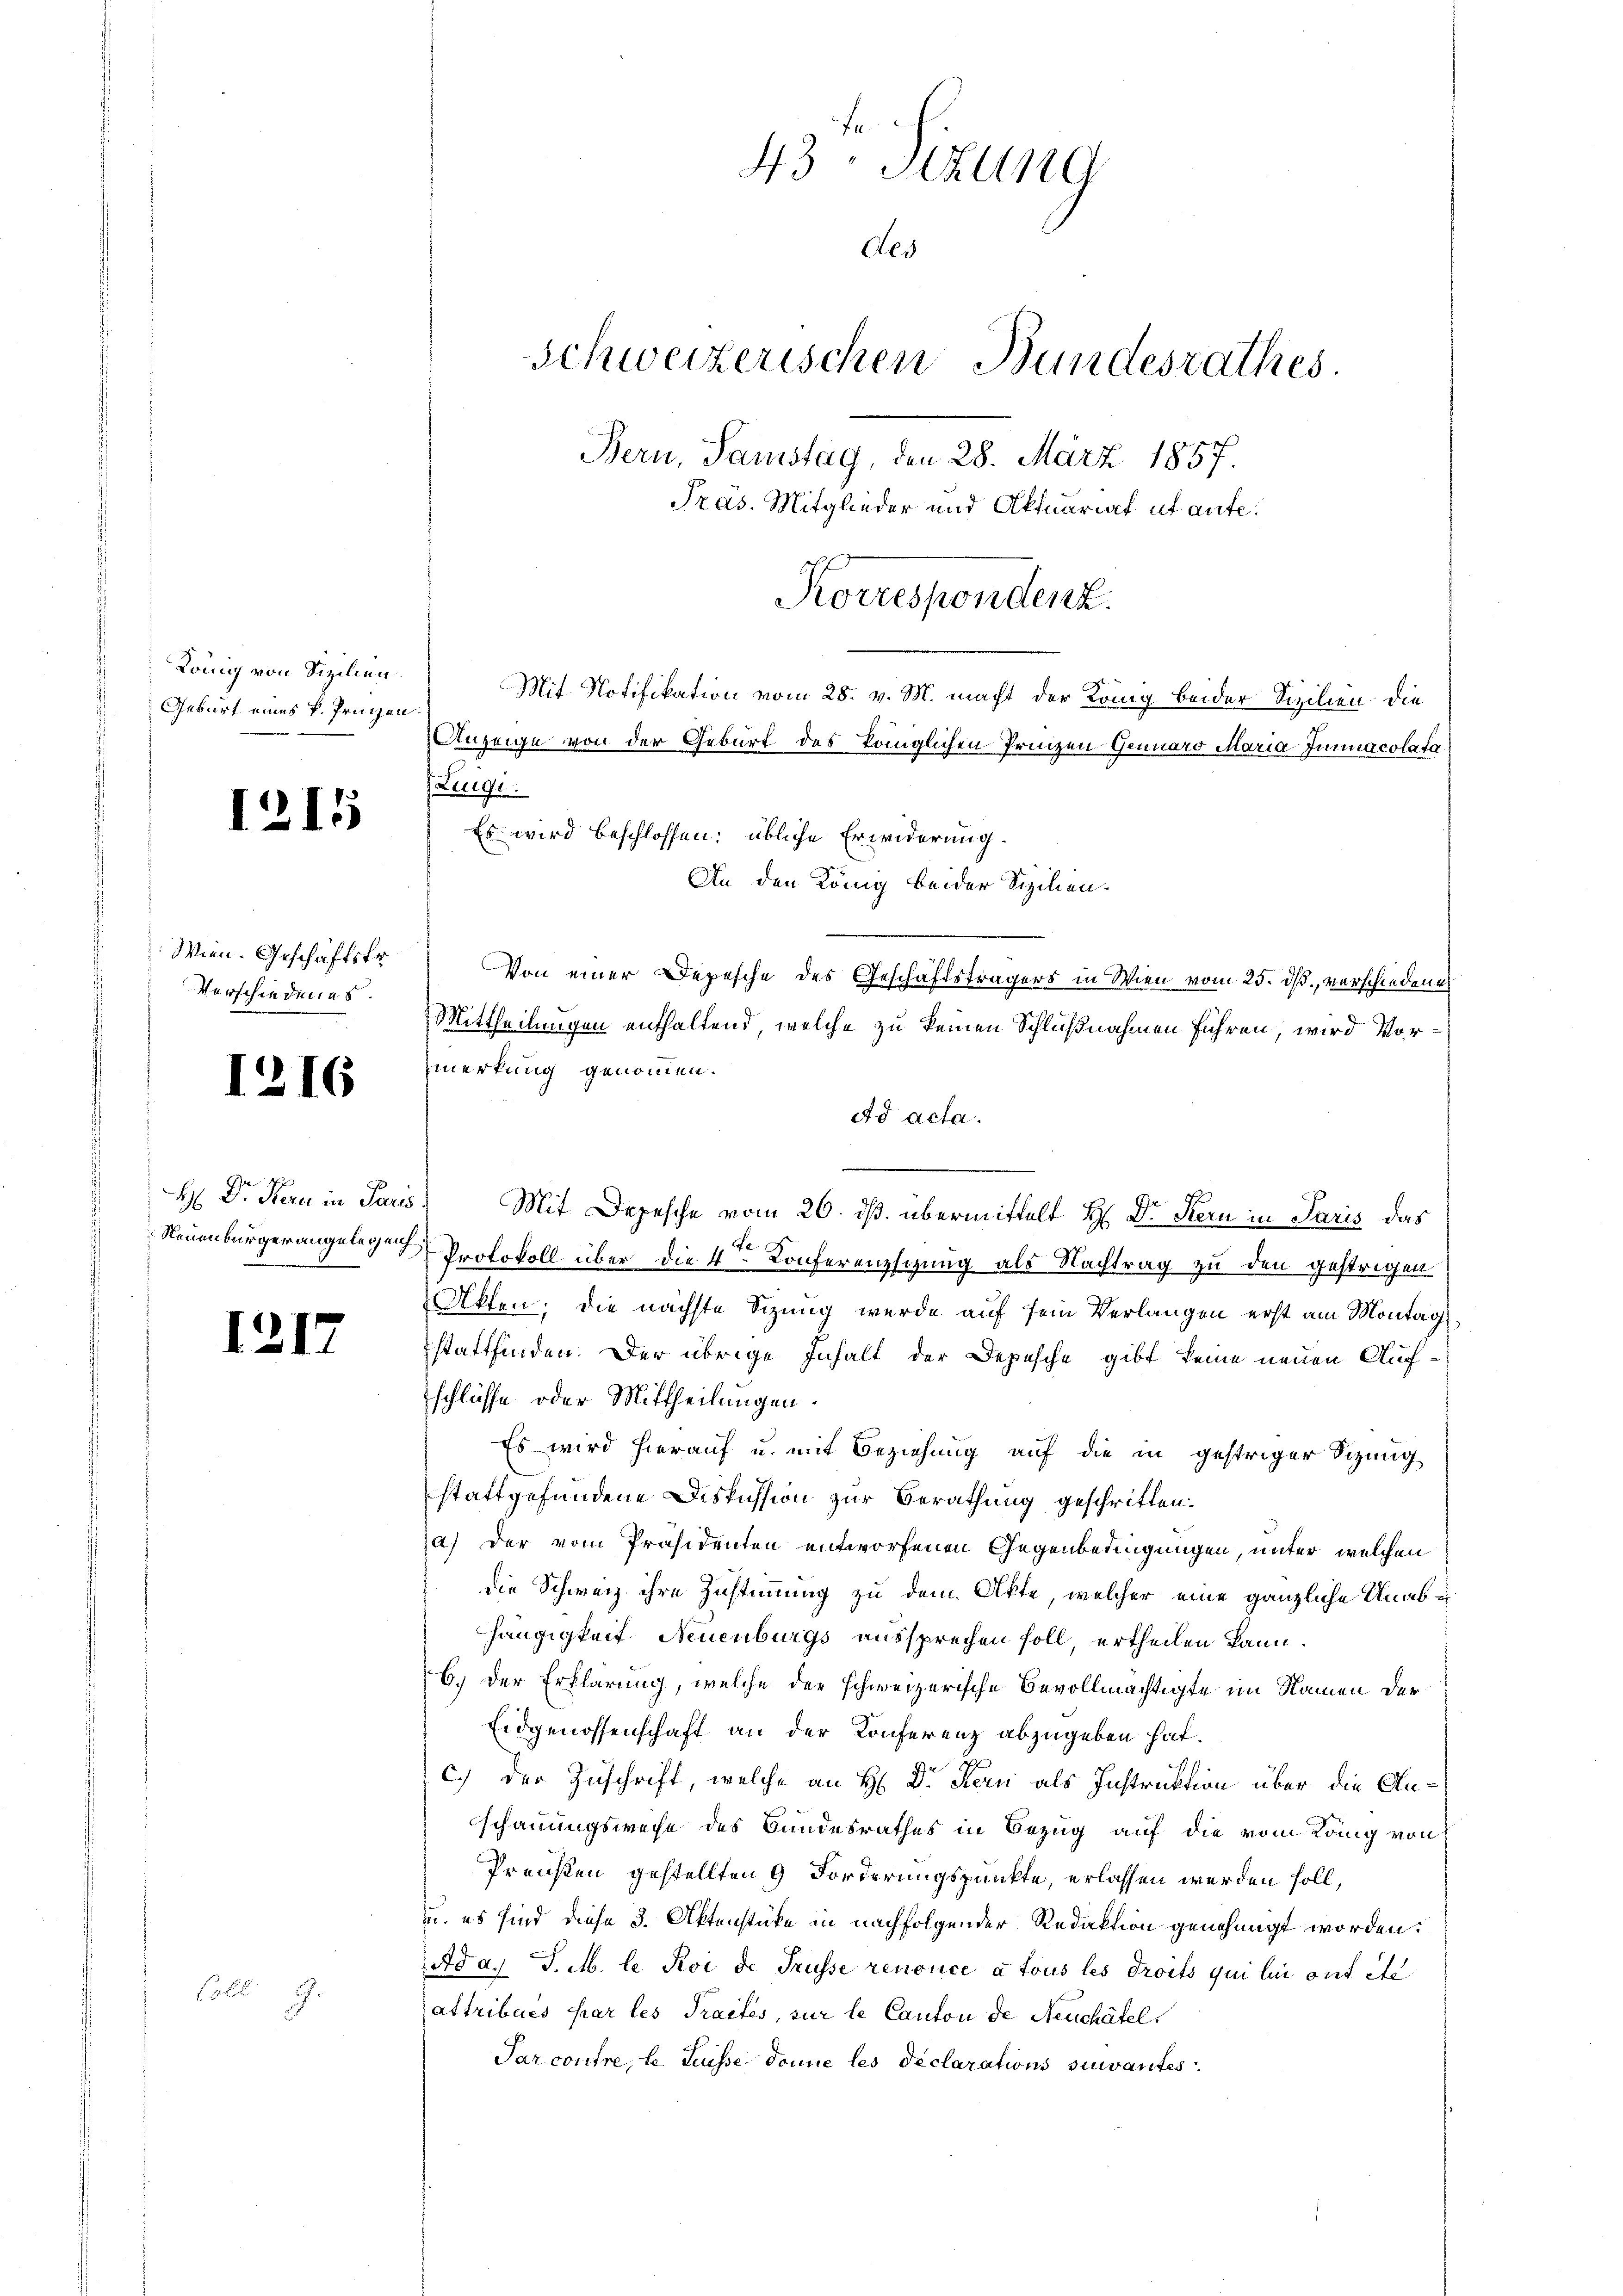
König von Sizilien.
Geburt eines k. Prinzen.

1216

I.

e

.
2

17

1

Wien. Geschäftsfr.
Verschiedenes.

Neuenburger angelegenh

Von einer Depesche des Geschäftsträgers in Wien vom 25. dß., verschiedenes

43Stzung
Als
Schweizerischen Bundesrathes.
Bern, Samstag, den 28. März 1857.
Pras. Mitglieder und Aktuariat ut aufe.
Korrespondenz.
Mit Notifikation vom 28. v. M. macht der König beider Sizilien die
Anzeige von der Geburt des königlichen Prinzen Genuaro Maria Immacolato
Es wird beschlossen; übliche Erwiderung.
An den König beider Sizilien¬

Luigi.
Mittheilungen enthaltend, welche zu keinen Schlußnahmen führen, wird Vormerkung genommen.
dd acta.
H Dr. Kan in Paris. Mit Depesche vom 26. ds. übermittelt H: Dr Stern in Paris das
Protokoll über die 4ten Konferenzsizung als Nachtrag zu den gestrigen
Akten; die nächste Sizung wurde auf sein Verlangen erst am Montagsstattfinden. Der übrige Inhalt der Depesche gibt keine neuen Aufschlüsse oder Mittheilungen.
Es wird hierauf u. mit Beziehung auf die in gestriger Sizung
stattgefundene Diskussion zur Berathung geschritten.
a) der vom Präsidenten entworfenen Gegenbedingungen, unter welchen
die Schweiz ihre Zustimmung zu dem Akte, welcher eine gänzliche Unabhängigkeit Neuenburgs aussprechen soll, ertheilen kann.
b.) Der Erklärung, welche der schweizerische Bevollmächtigte im Namen der
Eidgenossenschaft an der Konferenz abzugeben hat.
C.) Der Zuschrift, welche an H: Dr. Kern als Instruktion über die Anschauungsweise des Bundesrathes in Bezug auf die vom König von
Preußen gestellten 9 Forderungspunkte, erlassen werden soll,
u. es sind diese 3. Aktenstüke in nachfolgender Redaktion genehmigt worden.
Ad a. J. M. le Roi de Trüsse renonce a tous les droits qui lui ont etc
attribués par les Practes, sur le Canton de Neuchäfel
Parcontre, le fuisse donnie les déclarations suivantes.